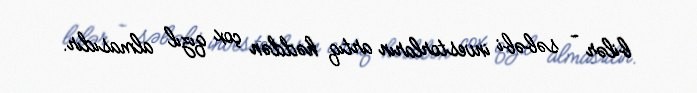
bilər - səbəbi investorların artıq həddən çox qızıl almasıdır.